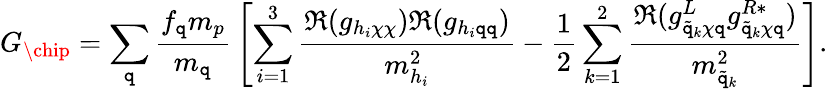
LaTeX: G_{\chip}=\sum_{\mathtt{q}}{\frac{{f_{\mathtt{q}}m_{p}}}{{m_{\mathtt{q}}}}}\left[\sum_{i=1}^{3}{\frac{{\Re(g_{h_{i}\chi\chi})\Re(g_{h_{i}\mathtt{q}\mathtt{q}})}}{{m_{h_{i}}^{2}}}}-{\frac{{1}}{{2}}}\sum_{k=1}^{2}{\frac{{\Re(g_{\tilde{{\mathtt{q}}}_{k}\chi\mathtt{q}}^{L}g_{\tilde{{\mathtt{q}}}_{k}\chi\mathtt{q}}^{R*})}}{{m_{\tilde{{\mathtt{q}}}_{k}}^{2}}}}\right].